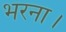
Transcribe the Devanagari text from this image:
भरना।